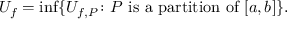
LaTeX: U _ { f } = \operatorname* { i n f } \{ U _ { f , P } \colon P { \mathrm { ~ i s ~ a ~ p a r t i t i o n ~ o f ~ } } [ a , b ] \} . \,